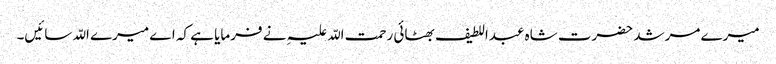
میرے مرشد حضرت شاہ عبداللطیف بھٹائی رحمت اللّہ علیہِ نے فرمایا ہے کہ اے میرے اللّہ سائیں۔